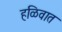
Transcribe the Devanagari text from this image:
हळिवात